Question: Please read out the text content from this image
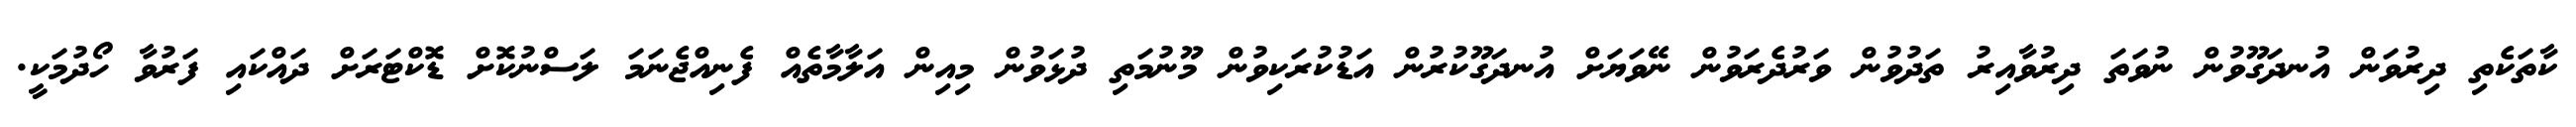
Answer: ކާތަކެތި ދިރުވަން އުނދަގޫވުން ނުވަތަ ދިރުވާއިރު ތަދުވުން ވަރުދެރަވުން ނޭވަޔަށް އުނދަގޫކުރުން އަޑުކުރަކިވުން މޫނުމަތި ދުޅަވުން މިއިން އަލާމާތެއް ފެނިއްޖެނަމަ ލަސްނުކޮށް ޑޮކްޓަރަށް ދައްކައި ފަރުވާ ހޯދުމަކީ.